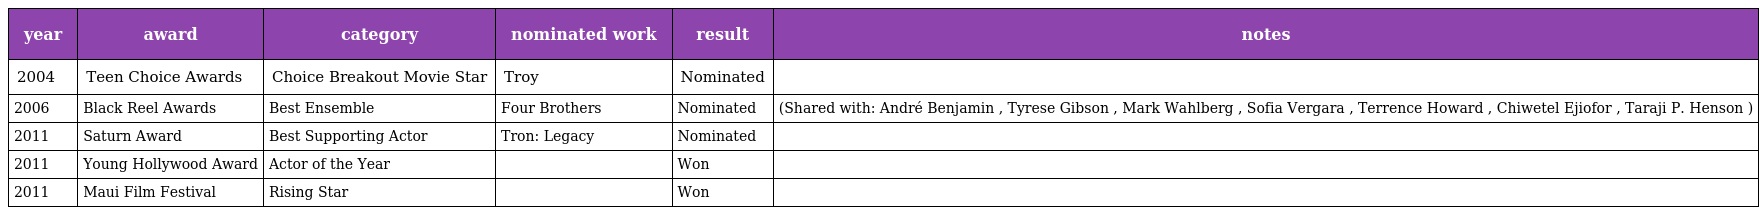
| year | award | category | nominated work | result | notes |
 | --- | --- | --- | --- | --- | --- |
 | 2004 | Teen Choice Awards | Choice Breakout Movie Star | Troy | Nominated |  |
 | 2006 | Black Reel Awards | Best Ensemble | Four Brothers | Nominated | (Shared with: André Benjamin , Tyrese Gibson , Mark Wahlberg , Sofia Vergara , Terrence Howard , Chiwetel Ejiofor , Taraji P. Henson ) |
 | 2011 | Saturn Award | Best Supporting Actor | Tron: Legacy | Nominated |  |
 | 2011 | Young Hollywood Award | Actor of the Year |  | Won |  |
 | 2011 | Maui Film Festival | Rising Star |  | Won |  |